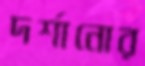
দর্শানোর